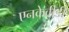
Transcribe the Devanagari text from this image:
एनकेवीडी